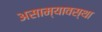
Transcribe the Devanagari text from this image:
असाम्यावस्था